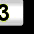
Digit: 3